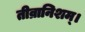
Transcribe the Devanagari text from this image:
तीव्रानिशम्।